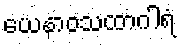
ယေနာဝသထာဂါရံ